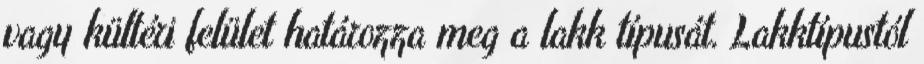
vagy kültéri felület határozza meg a lakk típusát. Lakktípustól